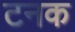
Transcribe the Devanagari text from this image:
टनक